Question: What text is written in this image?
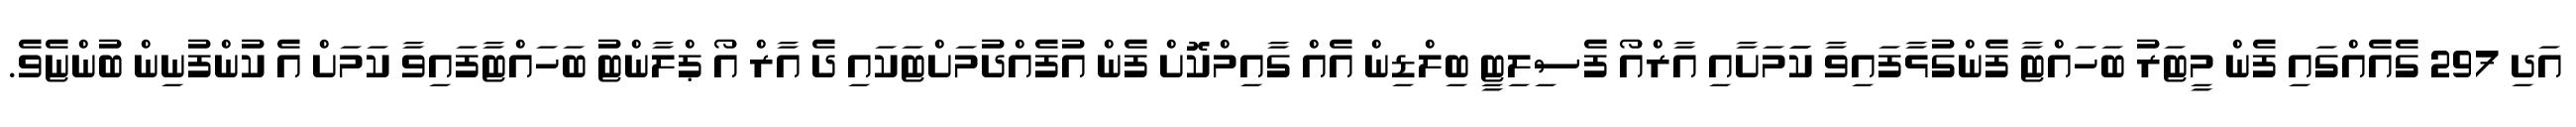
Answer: އަދި 297 ގެއެއްގައި ފެން މީޓަރު ބަހައްޓާ ފެންގުޅާފައިވާ ކަަމަށާއި އާރްއޯ ފެސިލިޓީ ބިލްޑިން އެއް ގާއިމްކޮށް ފެން އުފެއްދުމަށްޓަކައި ދެ އާރް އޯ ޕްލާންޓު ބަހައްޓާފައިވާ ކަމަށް އެ ކުންފުނިން ބުންޏެވެ.